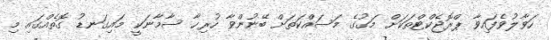
ހަވާލުވެފައިވާ ޕްރޮޖެކްޓްތަކަށް މަގުގެ މަސައްކަތަށް ބޭނުންވާ ހުރިހާ ސާމާނަކީ މައިގަނޑު ގޮތެއްގައި މި